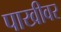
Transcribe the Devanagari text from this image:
पाखीवर